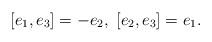
LaTeX: \begin{align*}[e_1,e_3]=-e_2,\ [e_2,e_3]=e_1.\end{align*}